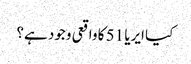
کیا ایریا 51 کا واقعی وجود ہے؟